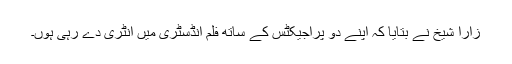
زارا شیخ نے بتایا کہ اپنے دو پراجیکٹس کے ساتھ فلم انڈسٹری میں انٹری دے رہی ہوں۔